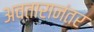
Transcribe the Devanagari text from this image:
अवतारानंतर